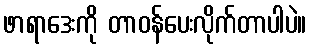
ဖာရာဒေးကို တာဝန်ပေးလိုက်တာပါပဲ။